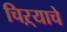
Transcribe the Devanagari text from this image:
चिऱ्याचे